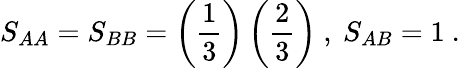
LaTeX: S_{AA}=S_{BB}=\left(\frac{1}{3}\right)\left(\frac{2}{3}\right)\ ,\ S_{AB}=1\ .